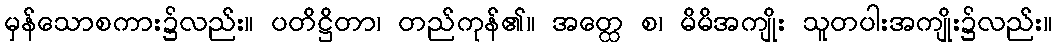
မှန်သောစကား၌လည်း။ ပတိဋ္ဌိတာ၊ တည်ကုန်၏။ အတ္ထေ စ၊ မိမိအကျိုး သူတပါးအကျိုး၌လည်း။